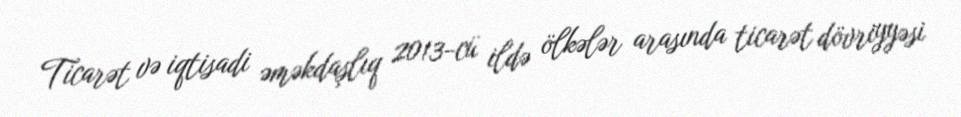
Ticarət və iqtisadi əməkdaşlıq 2013-cü ildə ölkələr arasında ticarət dövriyyəsi